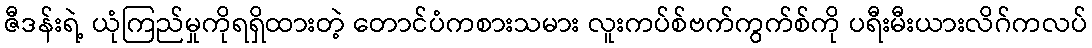
ဇီဒန်းရဲ့ ယုံကြည်မှုကိုရရှိထားတဲ့ တောင်ပံကစားသမား လူးကပ်စ်ဗက်ကွက်စ်ကို ပရီးမီးယားလိဂ်ကလပ်